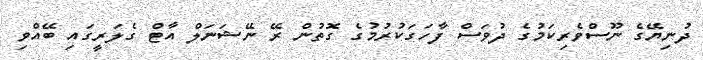
ދުނިޔޭގެ ނޫސްވެރިކަމުގެ ދުވަސް ފާހަގަކުރުމުގެ ގޮތުން ރޭ ނޭޝަނަލް އާޓް ގެލަރީގައި ބޭއްވި